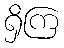
ရှိကြ